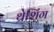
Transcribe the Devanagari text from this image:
थ्रेशिंग